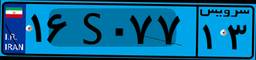
۱۶S۰۷۷۱۳